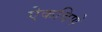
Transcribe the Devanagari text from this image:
ऐकविणे